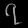
Digit: ၇